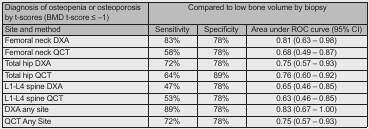
| Diagnosis of osteopenia or osteoporosis by t-scores (BMD t-score ≤ –1) | <COLSPAN=3> Compared to low bone volume by biopsy |
 | Site and method | Sensitivity | Specificity | Area under ROC curve (95% CI) |
 | --- | --- | --- | --- |
 | Femoral neck DXA | 83% | 78% | 0.81 (0.63 – 0.98) |
 | Femoral neck QCT | 58% | 78% | 0.68 (0.49 – 0.87) |
 | Total hip DXA | 72% | 78% | 0.75 (0.57 – 0.93) |
 | Total hip QCT | 64% | 89% | 0.76 (0.60 – 0.92) |
 | L1-L4 spine DXA | 47% | 78% | 0.65 (0.46 – 0.85) |
 | L1-L4 spine QCT | 53% | 78% | 0.63 (0.46 – 0.85) |
 | DXA any site | 89% | 78% | 0.83 (0.67 – 1.00) |
 | QCT Any Site | 72% | 78% | 0.75 (0.57 – 0.93) |